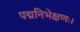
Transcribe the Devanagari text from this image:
पद्मनिभेक्षणः।